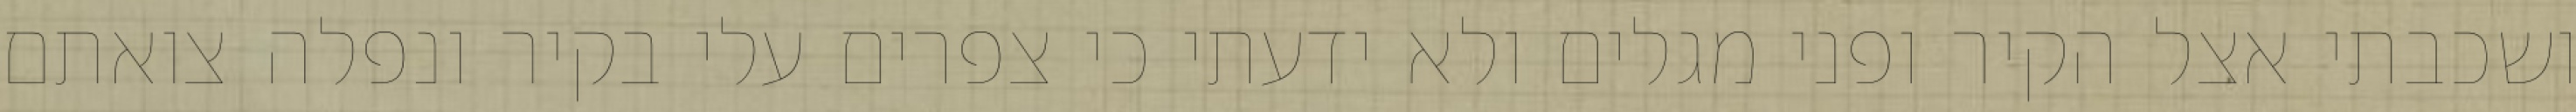
ושכבתי אצל הקיר ופני מגלים ולא ידעתי כי צפרים עלי בקיר‏ ונפלה צואתם